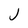
Character: j